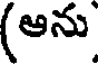
(ఆను